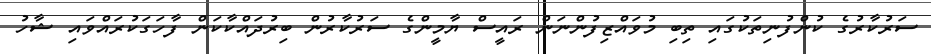
ސަރުކާރުގެ ކުންފުނިތަކުގައި ތިބި މުވައްޒިފުންނަން ރައީސް ޔާމީންގެ ސަރުކާރުން ބިރުދައްކާކަން ފާހަގަކުރައްވައި ޝާހު